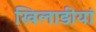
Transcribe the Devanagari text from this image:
खिलाड़ीयां